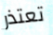
تعتذر